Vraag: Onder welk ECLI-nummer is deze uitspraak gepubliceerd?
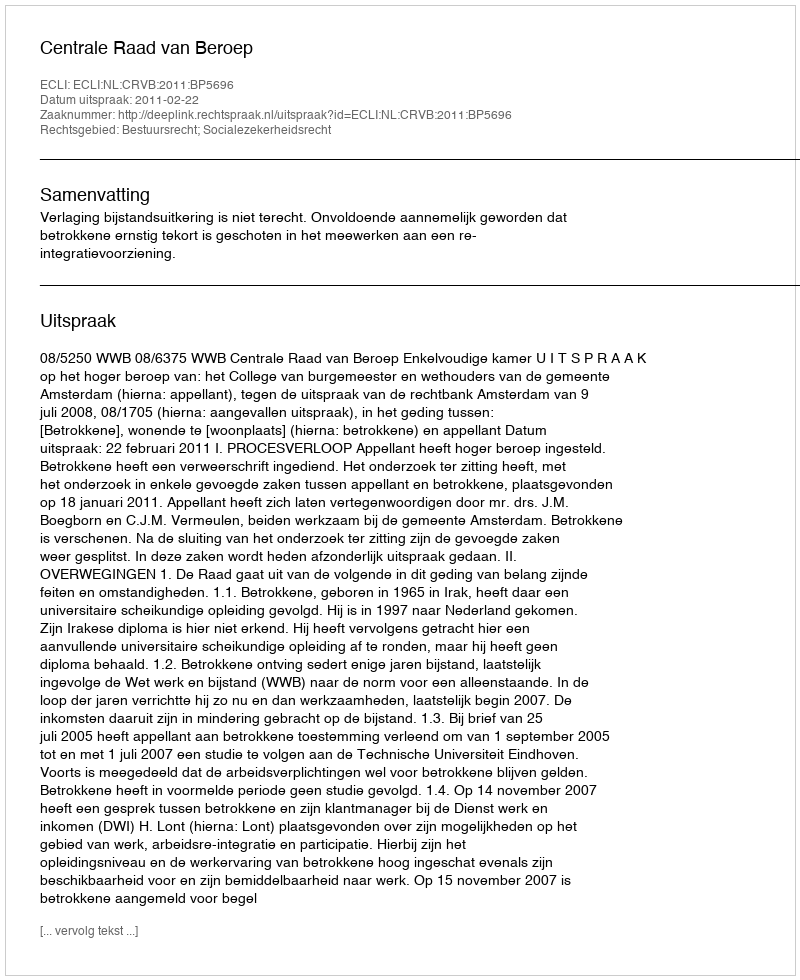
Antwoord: ECLI:NL:CRVB:2011:BP5696